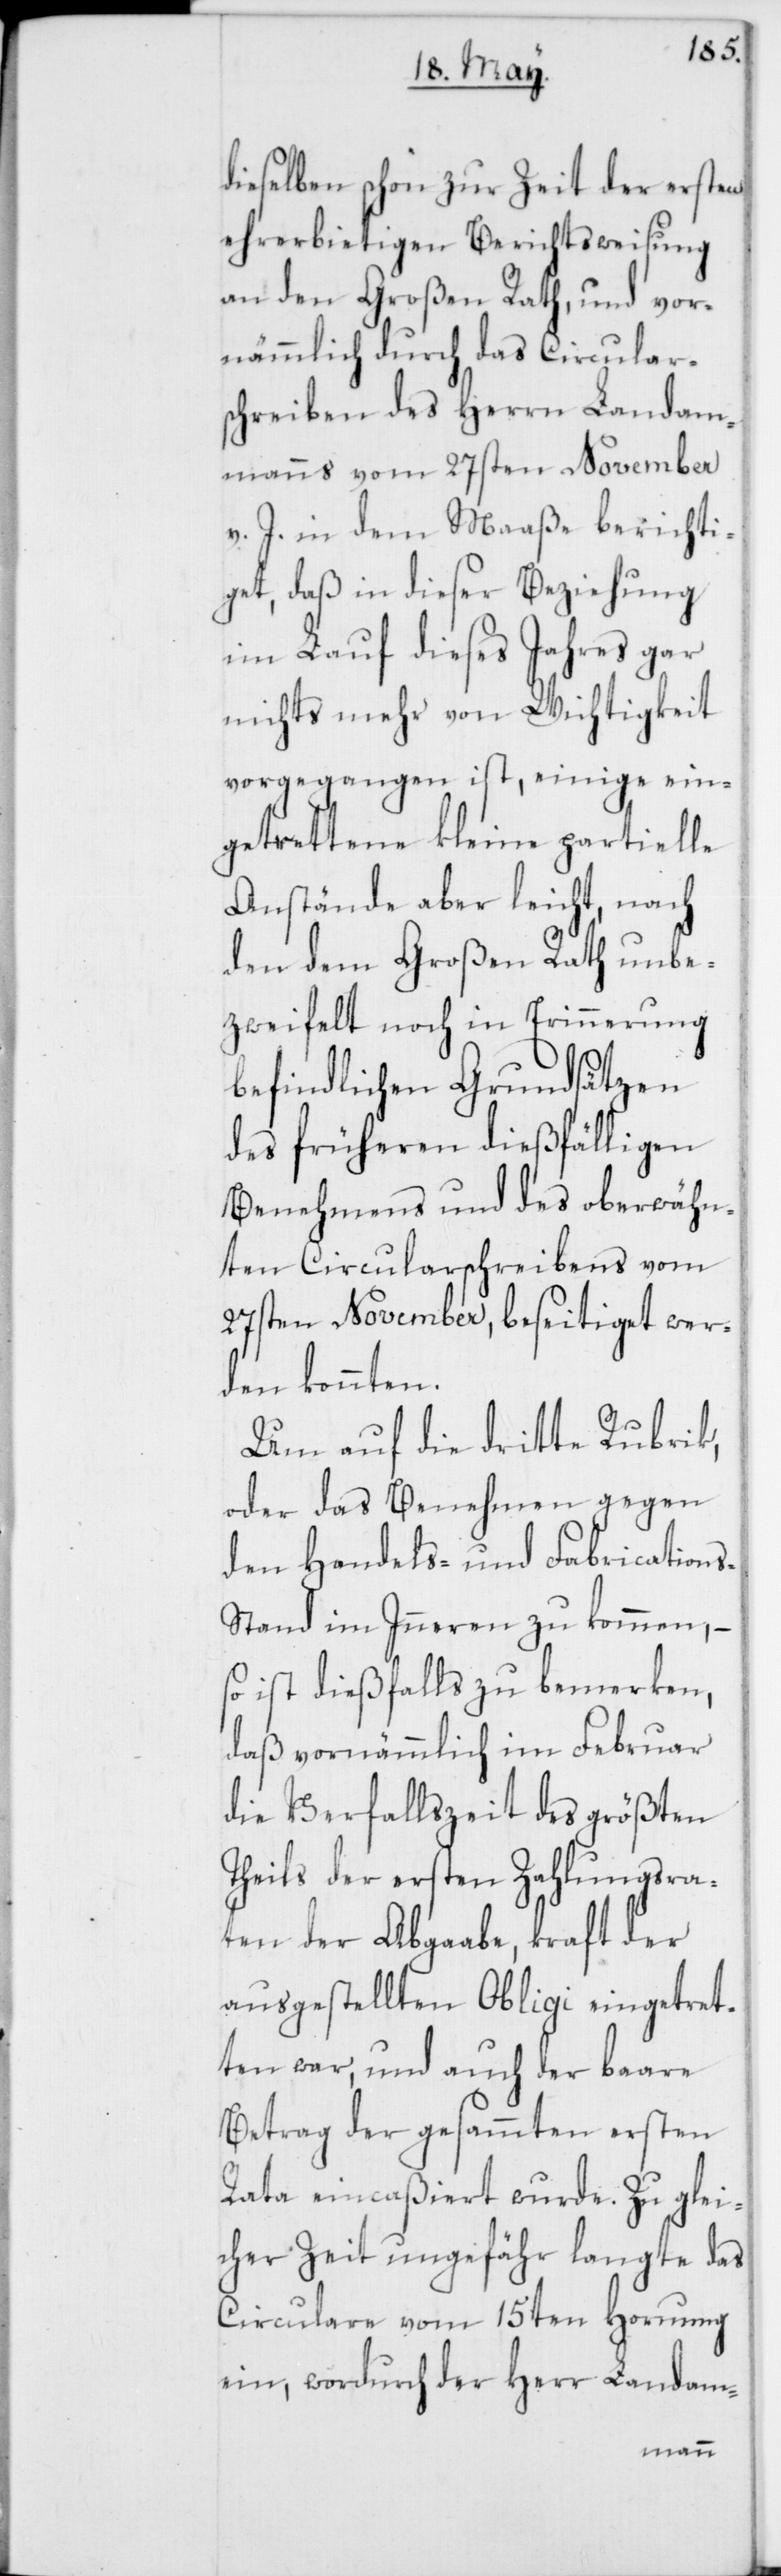
dieselben schon zur Zeit der ersten
ehrerbietigen Berichtsweisung
an den Großen Rath, und vor¬
nämmlich durch das Circular¬
schreiben des Herrn Landam¬
manns vom 27sten November
v. J. in dem Maaße berichti¬
get, daß in dieser Beziehung
im Lauf dieses Jahres gar
nichts mehr von Wichtigkeit
vorgegangen ist, einige ein¬
getrettene kleine partielle
Anstände aber leicht, nach
den dem Großen Rath unbe¬
zweifelt noch in Erinnerung
befindlichen Grundsätzen
des früheren dießfälligen
Benehmens und des oberwähn¬
ten Circularschreibens vom
27sten November, beseitiget wer¬
den konnten.
Um auf die dritte Rubrik,
oder das Benehmen gegen
den Handels- und Frabication¬
s-Stand im Inneren zu kommen, –
so ist dießfalls zu bemerken,
daß vornämmlich im Februar
die Verfallszeit des größten
Theil der ersten Zahlungsra¬
ten der Abgaabe, kraft der
ausgestellten Obligi eingetret¬
ten war, und auch der baare
Betrag der gesammten ersten
Rata eincaßiert wurde. Zu glei¬
cher Zeit ungefähr langte das
Circulare vom 15ten Hornung
ein, wordurch der Herr Landam-